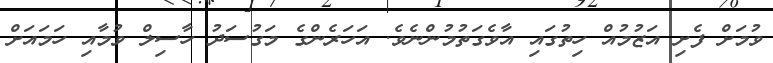
ވުމަށް ފެށި އަޒުމުއް ހިތުގައި އާވެގަތުމުންނެވެ. އަހަރެންގެ މަގުސަދު ހާސިލް ވުމާއި ހަމައަށް